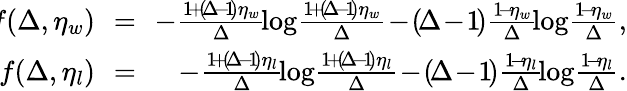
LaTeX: \begin{array}{rlr}{\! \! f(\Delta,\eta_{w})\! \! }&{=}&{\! \! -\frac{1\! +\! (\! \Delta\! -\! 1\! )\eta_{w}}{\Delta}\! \log\! \frac{1\! +\! (\! \Delta\! -\! 1\! )\eta_{w}}{\Delta}\! -\! (\! \Delta\! -\! 1\! )\frac{1\! -\! \eta_{w}}{\Delta}\! \log\! \frac{1\! -\! \eta_{w}}{\Delta},}\\ {\! \! f(\Delta,\eta_{l})\! \! }&{=}&{\! \! -\frac{1\! +\! (\! \Delta\! -\! 1\! )\eta_{l}}{\Delta}\! \log\! \frac{1\! +\! (\! \Delta\! -\! 1\! )\eta_{l}}{\Delta}\! -\! (\! \Delta\! -\! 1\! )\frac{1\! -\! \eta_{l}}{\Delta}\! \log\! \frac{1\! -\! \eta_{l}}{\Delta}.}\end{array}